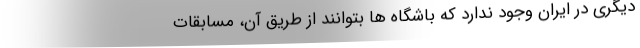
دیگری در ایران وجود ندارد که باشگاه ها بتوانند از طریق آن، مسابقات